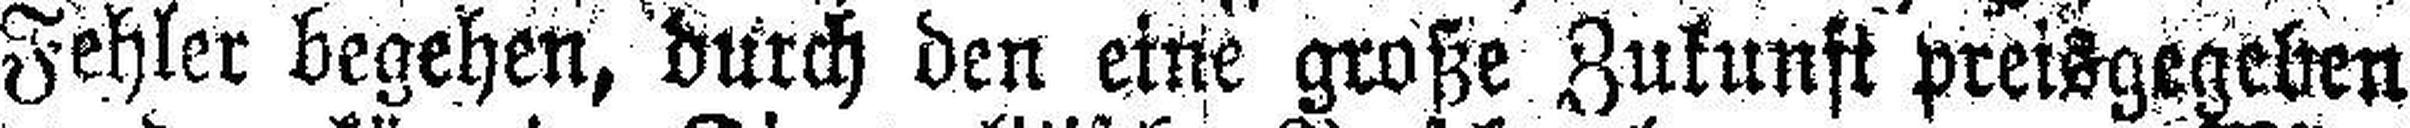
Fehler begehen, durch den eine große Zukunft preisgegehen